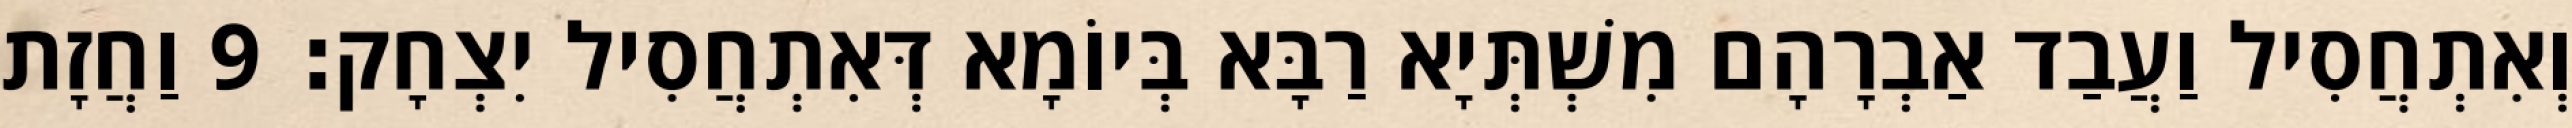
וְאִתְחֲסִיל וַעֲבַד אַבְרָהָם מִשְׁתְּיָא רַבָּא בְּיוֹמָא דְּאִתְחֲסִיל יִצְחָק׃ 9 וַחֲזָת